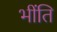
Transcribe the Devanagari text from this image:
भींति